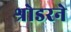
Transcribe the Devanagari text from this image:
श्रोडरने